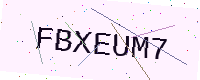
Text: FBXEUM7